Report of the Indian Hemp Drugs Commission, 1894-1895 - Volume IV
Year: 1894
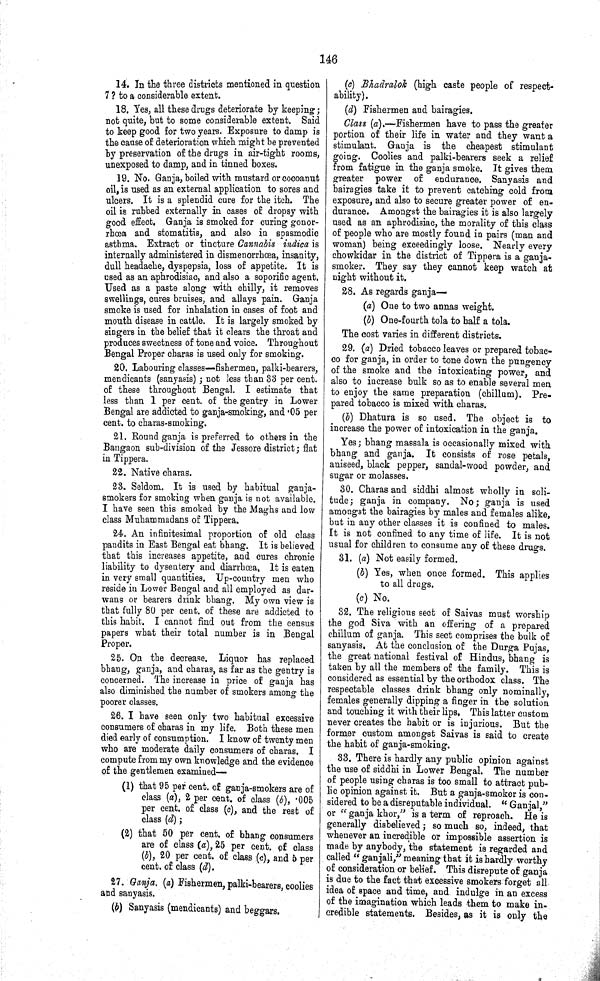
146
14. In the three districts mentioned in question
7? to a considerable extent.
18. Yes, all these drugs deteriorate by keeping;
not quite, but to some considerable extent. Said
to keep good for two years. Exposure to damp is
the cause of deterioration which might be prevented
by preservation of the drugs in air-tight rooms,
unexposed to damp, and in tinned boxes.
19. No. Ganja, boiled with mustard or cocoanut
oil, is used as an external application to sores and
ulcers. It is a splendid cure for the itch. The
oil is rubbed externally in cases of dropsy with
good effect. Ganja is smoked for curing gonor¬
rhœa and stomatitis, and also in spasmodic
asthma. Extract or tincture Cannabis indica is
internally administered in dismenorrhœa, insanity,
dull headache, dyspepsia, loss of appetite. It is
used as an aphrodisiac, and also a soporific agent.
Used as a paste along with chilly, it removes
swellings, cures bruises, and allays pain. Ganja
smoke is used for inhalation in cases of foot and
mouth disease in cattle. It is largely smoked by
singers in the belief that it clears the throat and
produces sweetness of tone and voice. Throughout
Bengal Proper charas is used only for smoking.
20. Labouring classes—fishermen, palki-bearers,
mendicants (sanyasis); not less than 33 per cent.
of these throughout Bengal. I estimate that
less than 1 per cent. of the gentry in Lower
Bengal are addicted to ganja-smoking, and .05 per
cent. to charas-smoking.
21. Round ganja is preferred to others in the
Bangaon sub-division of the Jessore district; flat
in Tippera.
22. Native charas.
23. Seldom. It is used by habitual ganja-
smokers for smoking when ganja is not available.
I have seen this smoked by the Maghs and low
class Muhammadans of Tippera.
24. An infinitesimal proportion of old class
pandits in East Bengal eat bhang. It is believed
that this increases appetite, and cures chronic
liability to dysentery and diarrhœa. It is eaten
in very small quantities. Up-country men who
reside in Lower Bengal and all employed as dar-
wans or bearers drink bhang. My own view is
that fully 80 per cent. of these are addicted to
this habit. I cannot find out from the census
papers what their total number is in Bengal
Proper.
25. On the decrease. Liquor has replaced
bhang, ganja, and charas, as far as the gentry is
concerned. The increase in price of ganja has
also diminished the number of smokers among the
poorer classes.
26. I have seen only two habitual excessive
consumers of charas in my life. Both these men
died early of consumption. I know of twenty men
who are moderate daily consumers of charas. I
compute from my own knowledge and the evidence
of the gentlemen examined—
(1) that 95 per cent. of ganja-smokers are of
class (a), 2 per cent. of class (b), 005
per cent. of class (c), and the rest of
class (d);
(2) that 50 per cent. of bhang consumers
are of class (a), 25 per cent. of class
(b), 20 per cent. of class (c), and 5 per
cent. of class (d).
27. Ganja. (a) Fishermen, palki-bearers, coolies
and sanyasis.
(b) Sanyasis (mendicants) and beggars.
(c) Bhadralok (high caste people of respect¬
ability).
(d) Fishermen and bairagies.
Class (a).—Fishermen have to pass the greater
portion of their life in water and they want a
stimulant. Ganja is the cheapest stimulant
going. Coolies and palki-bearers seek a relief
from fatigue in the ganja smoke. It gives them
greater power of endurance. Sanyasis and
bairagies take it to prevent catching cold from
exposure, and also to secure greater power of en¬
durance. Amongst the bairagies it is also largely
used as an aphrodisiac, the morality of this class
of people who are mostly found in pairs (man and
woman) being exceedingly loose. Nearly every
chowkidar in the district of Tippera is a ganja-
smoker. They say they cannot keep watch at
night without it.
28. As regards ganja—
(a) One to two annas weight.
(b) One-fourth tola to half a tola.
The cost varies in different districts.
29. (a) Dried tobacco leaves or prepared tobac¬
co for ganja, in order to tone down the pungency
of the smoke and the intoxicating power, and
also to increase bulk so as to enable several men
to enjoy the same preparation (chillum). Pre¬
pared tobacco is mixed with charas.
(b) Dhatura is so used. The object is to
increase the power of intoxication in the ganja.
Yes; bhang massala is occasionally mixed with
bhang and ganja. It consists of rose petals,
aniseed, black pepper, sandal-wood powder, and
sugar or molasses.
30. Charas and siddhi almost wholly in soli¬
tude; ganja in company. No; ganja is used
amongst the bairagies by males and females alike,
but in any other classes it is confined to males.
It is not confined to any time of life. It is not
usual for children to consume any of these drugs.
31. (a) Not easily formed.
(b) Yes, when once formed. This applies
to all drugs.
(c) No.
32. The religious sect of Saivas must worship
the god Siva with an offering of a prepared
chillum of ganja. This sect comprises the bulk of
sanyasis. At the conclusion of the Durga Pujas,
the great national festival of Hindus, bhang is
taken by all the members of the family. This is
considered as essential by the orthodox class. The
respectable classes drink bhang only nominally,
females generally dipping a finger in the solution
and touching it with their lips. This latter custom
never creates the habit or is injurious. But the
former custom amongst Saivas is said to create
the habit of ganja-smoking.
33. There is hardly any public opinion against
the use of siddhi in Lower Bengal. The number
of people using charas is too small to attract pub¬
lic opinion against it. But a ganja-smoker is con¬
sidered to be a disreputable individual. "Ganjal,"
or "ganja khor," is a term of reproach. He is
generally disbelieved; so much so, indeed, that
whenever an incredible or impossible assertion is
made by anybody, the statement is regarded and
called " ganjali," meaning that it is hardly worthy
of consideration or belief. This disrepute of ganja
is due to the fact that excessive smokers forget all
idea of space and time, and indulge in an excess
of the imagination which leads them to make in¬
credible statements. Besides, as it is only the